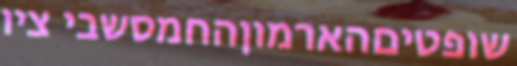
שופטיםהארמוןהחמסשבי ציו